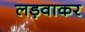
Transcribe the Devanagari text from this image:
लड़वाकर